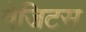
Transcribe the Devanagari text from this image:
वेजिटस